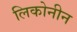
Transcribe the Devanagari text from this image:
लिकोनीन